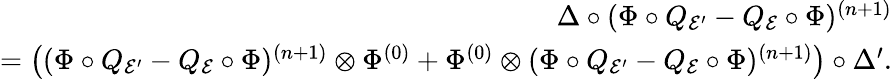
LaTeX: \begin{array}{r}{\Delta\circ(\Phi\circ Q_{\mathcal{E}^{\prime}}-Q_{\mathcal{E}}\circ\Phi)^{(n+1)}}\\ {=\left((\Phi\circ Q_{\mathcal{E}^{\prime}}-Q_{\mathcal{E}}\circ\Phi)^{(n+1)}\otimes\Phi^{(0)}+\Phi^{(0)}\otimes(\Phi\circ Q_{\mathcal{E}^{\prime}}-Q_{\mathcal{E}}\circ\Phi)^{(n+1)}\right)\circ\Delta^{\prime}.}\end{array}